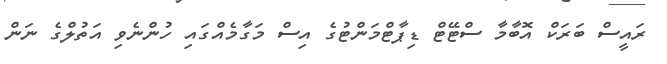
ރައީސް ބަރަކް އޮބާމާ ސްޓޭޓް ޑިޕާޓްމަންޓުގެ އިސް މަގާމެއްގައި ހުންނެވި އަތުލްގެ ނަން